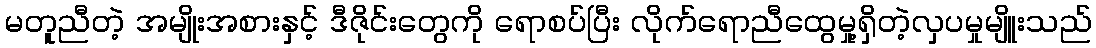
မတူညီတဲ့ အမျိုးအစားနှင့် ဒီဇိုင်းတွေကို ရောစပ်ပြီး လိုက်ရောညီထွေမှု့ရှိတဲ့လှပမှုမျိူးသည်